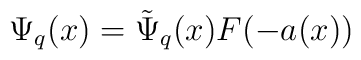
\Psi _{q}(x)= \tilde{\Psi} _{q}(x)F(-a(x))